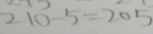
2 1 0 - 5 = 2 0 5